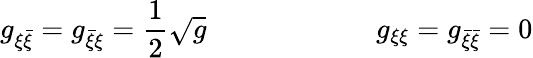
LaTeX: g_{\xi\bar{\xi}}=g_{\bar{\xi}\xi}={\frac{1}{2}}\sqrt{g}\qquad\qquad\qquad g_{\xi\xi}=g_{\bar{\xi}\bar{\xi}}=0